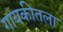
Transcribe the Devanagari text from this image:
गायकीतला